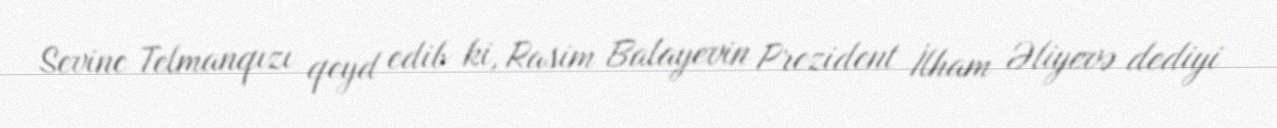
Sevinc Telmanqızı qeyd edib ki, Rasim Balayevin Prezident İlham Əliyevə dediyi